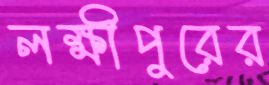
লক্ষীপুরের